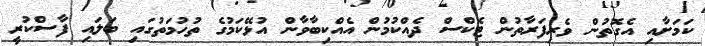
ކަމަށާއި އެގޮތުން ވެރިފަރާތުން ޓެކްސް ދެއްކުމުން އެއްކިބާވާން އުޅޭކަމުގެ ތުހުމަތުގައި ބަލައި ފާސްކުރީ